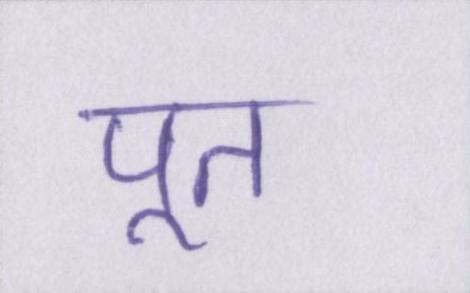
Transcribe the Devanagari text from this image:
पूत